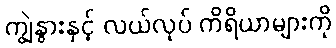
ကျွဲနွားနှင့် လယ်လုပ် ကိရိယာများကို